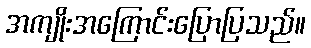
အကျိုးအကြောင်းပြောပြသည်။